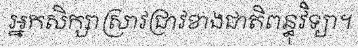
អ្នកសិក្សាស្រាវជ្រាវខាងជាតិពន្ធុវិទ្យា។